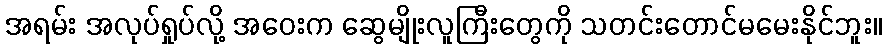
အရမ်း အလုပ်ရှုပ်လို့ အဝေးက ဆွေမျိုးလူကြီးတွေကို သတင်းတောင်မမေးနိုင်ဘူး။